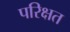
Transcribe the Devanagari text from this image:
परिक्षत